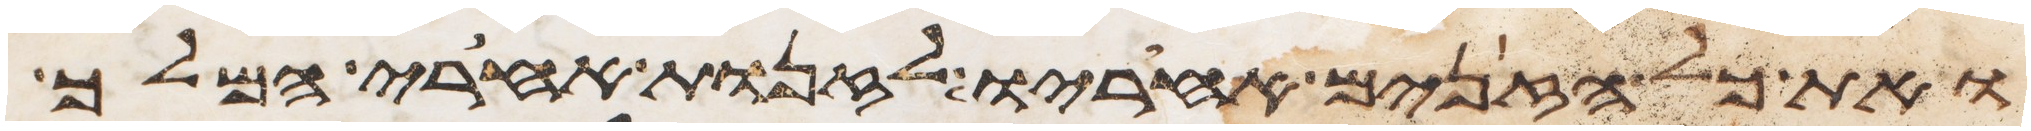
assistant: ואת כל הזנים אחריו לזנות אחרי המלך